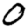
Digit: 0